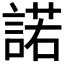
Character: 諾